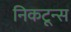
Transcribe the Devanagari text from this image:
निकटून्स